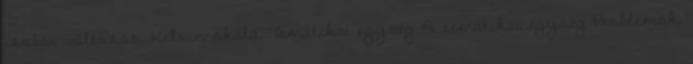
izobár változás, Kelvin-skála. Tematikai egység A tematikai egység Problémák,